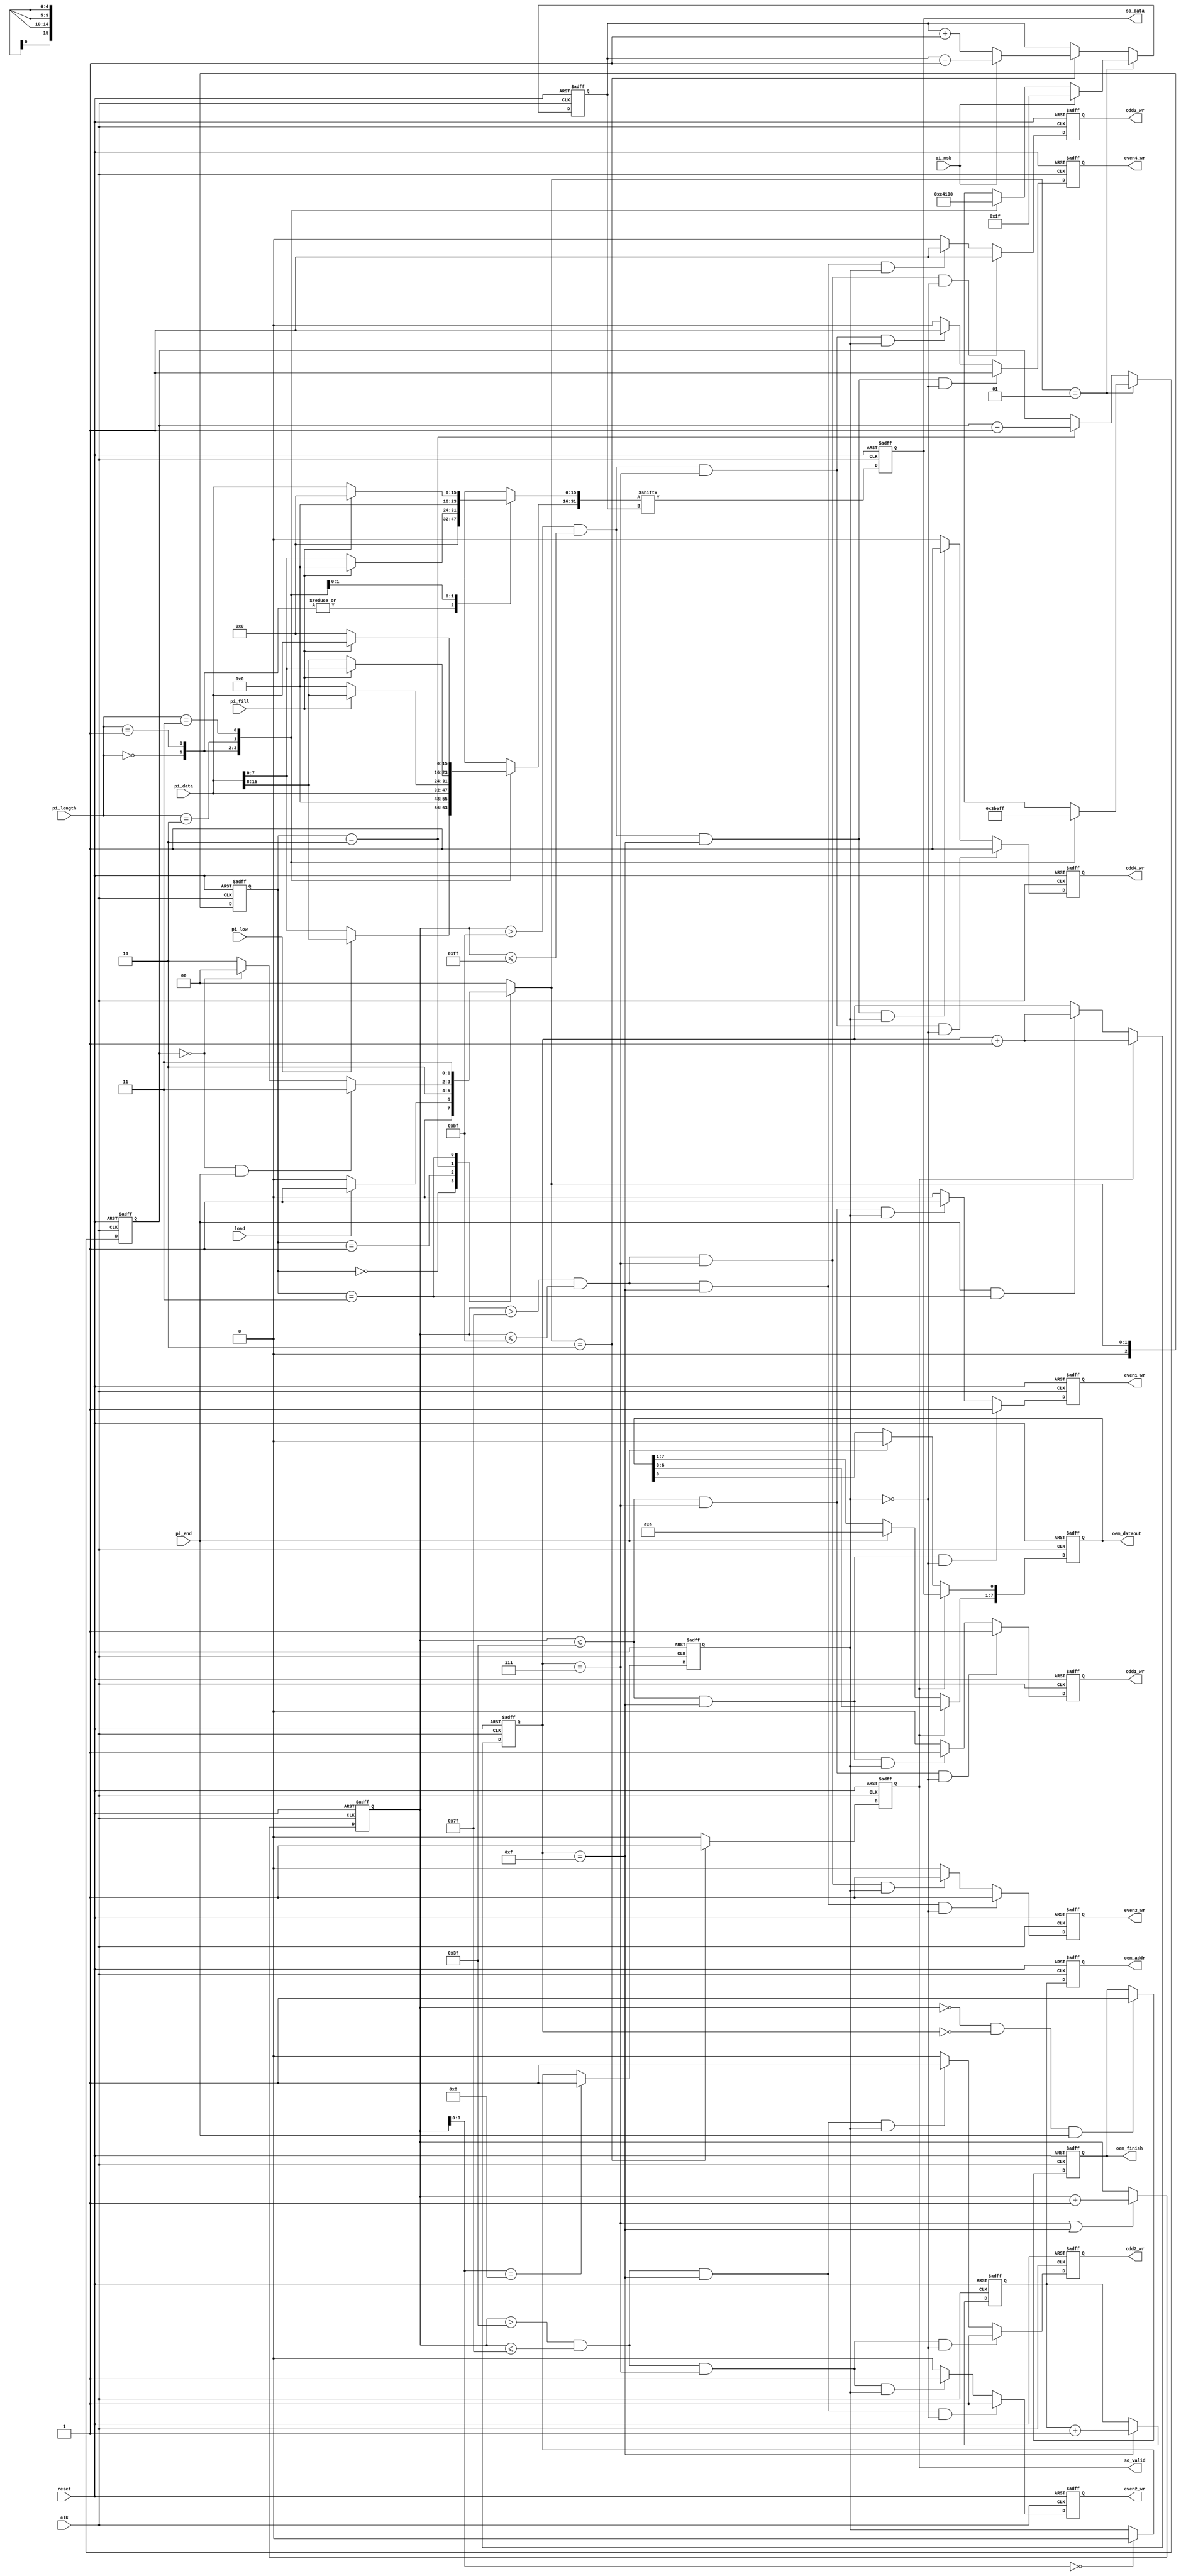
module STI_DAC(clk ,reset, load, pi_data, pi_length, pi_fill, pi_msb, pi_low, pi_end,
	       so_data, so_valid,
	       oem_finish, oem_dataout, oem_addr,
	       odd1_wr, odd2_wr, odd3_wr, odd4_wr, even1_wr, even2_wr, even3_wr, even4_wr);

input		clk, reset;
input		load, pi_msb, pi_low, pi_end; 
input	[15:0]	pi_data;
input	[1:0]	pi_length;
input		pi_fill;
output		so_data, so_valid;

output  oem_finish, odd1_wr, odd2_wr, odd3_wr, odd4_wr, even1_wr, even2_wr, even3_wr, even4_wr;
output [4:0] oem_addr;
output [7:0] oem_dataout;

//==============================================================================
reg so_data, so_valid;
reg oem_finish, odd1_wr, odd2_wr, odd3_wr, odd4_wr, even1_wr, even2_wr, even3_wr, even4_wr;
reg [4:0] oem_addr;
wire [7:0] oem_dataout;

reg [2:0] current_state,next_state;
parameter IDLE = 3'd0;
parameter LOAD = 3'd1;
parameter SERIAL_OUT = 3'd2;
parameter FINISH = 3'd3;

reg [31:0] data_buffer;
reg [4:0] serial_counter,pi_length_bit;
//state switch
always@(posedge clk or posedge reset)
begin
	if(reset) current_state <= IDLE;
	else current_state <= next_state;
end

//next state logic
always@(*)
begin
	case(current_state)
	IDLE:
	begin
		if(load) next_state = LOAD;
		else next_state = IDLE;
	end
	LOAD:
	begin
		next_state = SERIAL_OUT;
	end
	SERIAL_OUT:
	begin
		if(serial_counter == 4'd0 && pi_end == 1'd1) next_state = FINISH;
		else if(serial_counter == 4'd0) next_state = IDLE;
		else next_state = SERIAL_OUT;
	end
	FINISH:
	begin
		next_state = FINISH;
	end
	default: next_state = IDLE;
	endcase
end

//pi_length_bit
always@(*)
begin
	case(pi_length)
	2'b00: pi_length_bit = 5'd7;
	2'b01: pi_length_bit = 5'd15; 
	2'b10: pi_length_bit = 5'd23;
	2'b11: pi_length_bit = 5'd31;
	default: pi_length_bit = 5'd0;
	endcase
end

//data_buffer 31 is MSB , 0 is LSB
always@(*)
begin
	case(pi_length)
	2'b00: //8bit
	begin
		if(pi_low) 
		begin
			data_buffer[31:24] = pi_data[15:8];
			data_buffer[23:0] = 24'd0; //prevent latch
		end
		else
		begin
			data_buffer[31:24] = pi_data[7:0];
			data_buffer[23:0] = 24'd0; //prevent latch
		end
	end
	2'b01: //16bit
	begin
		data_buffer[31:16] = pi_data[15:0];
		data_buffer[15:0] = 16'd0; //prevent latch
	end
	2'b10: //24bit
	begin
		if(pi_fill)
		begin
			data_buffer[31:16] = pi_data[15:0];
			data_buffer[15:0] = 16'd0;
		end
		else 
		begin
			data_buffer[31:24] = 8'd0;
			data_buffer[23:8] = pi_data[15:0];
			data_buffer[7:0] = 8'd0; //prevent latch
		end
	end
	2'b11: //32bit
	begin
		if(pi_fill)
		begin
			data_buffer[31:16] = pi_data[15:0];
			data_buffer[15:0] = 16'd0;
		end
		else
		begin
			data_buffer[31:16] = 16'd0;
			data_buffer[15:0] = pi_data[15:0];
		end
	end
	default: data_buffer = 32'd0;
	endcase
end

//serial_counter
always@(posedge clk or posedge reset)
begin
	if(reset) serial_counter <= 5'd31;
	else if(next_state == LOAD)
	begin
		case(pi_length)
		2'b00: serial_counter <= 5'd7;
		2'b01: serial_counter <= 5'd15; 
		2'b10: serial_counter <= 5'd23;
		2'b11: serial_counter <= 5'd31;
		endcase
	end
	else if(current_state == SERIAL_OUT) serial_counter <= serial_counter - 4'd1;
end

//so_valid
always@(posedge clk or posedge reset)
begin
	if(reset) so_valid <= 1'd0;
	else if(next_state == SERIAL_OUT) so_valid <= 1'd1;
	else so_valid <= 1'd0;
end

//data_buffer_index
reg [4:0] data_buffer_index;
always@(posedge clk or posedge reset)
begin
	if(reset) data_buffer_index <= 5'd0;
	else if(next_state == LOAD)
	begin
		if(pi_msb) data_buffer_index <= 5'd31;
		else
		begin
			case(pi_length)
			2'b00: data_buffer_index <= 5'd24;
			2'b01: data_buffer_index <= 5'd16; 
			2'b10: data_buffer_index <= 5'd8;
			2'b11: data_buffer_index <= 5'd0;
			endcase
		end
	end
	else if(next_state == SERIAL_OUT)
	begin
		if(pi_msb) data_buffer_index <= data_buffer_index - 5'd1;
		else data_buffer_index <= data_buffer_index + 5'd1;
	end
	
	
end

//so_data
always@(posedge clk or posedge reset)
begin
	if(reset) so_data <= 1'd0;
	else so_data <= data_buffer[data_buffer_index];
end

//////////DAC////////
reg [7:0] DAC_buffer;  
reg [3:0] counter_16bit;
reg [3:0] counter_16bit_delay_1clk;
reg [7:0] mem_counter;
reg odd_even;

//odd_even
always@(posedge clk or posedge reset)
begin
	if(reset) odd_even <= 1'd0;
	else if(mem_counter[3:0] == 4'd8) odd_even <= 1'd1;
	else if(mem_counter[3:0] == 4'd0) odd_even <= 1'd0;

end


always@(posedge clk or posedge reset)
begin
	if(reset) DAC_buffer <= 8'd0;
	else if(so_valid)
	begin
		DAC_buffer <= DAC_buffer << 8'd1;
		DAC_buffer[0] <= so_data; 
	end
	else if(pi_end)
	begin
		DAC_buffer <= 8'd0;
	end
end

//cout 16bit
always@(posedge clk or posedge reset)
begin
	if(reset) counter_16bit <= 4'd0;
	else if(so_valid) counter_16bit <= counter_16bit + 4'd1;
	else if(pi_end && current_state == FINISH) counter_16bit <= counter_16bit + 4'd1;
end

//mem_counter
always@(posedge clk or posedge reset)
begin
	if(reset) mem_counter <= 8'd0;
	else if(counter_16bit == 4'd7 || counter_16bit == 4'd15) mem_counter <= mem_counter + 8'd1;
end

reg [4:0] delay_buffer;
//oem_addr
always@(posedge clk or posedge reset)
begin
	if(reset) delay_buffer <= 5'd0;
	else if(counter_16bit == 4'd15) delay_buffer <= delay_buffer + 5'd1;
end

always@(posedge clk or posedge reset)
begin
	if(reset) oem_addr <= 5'd0;
	else oem_addr <= delay_buffer;
end

//oem_dataout
assign oem_dataout = DAC_buffer;

//ome_finish
always@(posedge clk or posedge reset)
begin
	if(reset) oem_finish <= 1'd0;
	else if(mem_counter == 8'd0 && counter_16bit == 4'd0 && pi_end == 1'd1) oem_finish <= 1'd1;
end

//wr
always@(posedge clk or posedge reset)
begin
	if(reset) odd1_wr <= 1'd0;
	else if(mem_counter <= 8'd63 && counter_16bit == 4'd7 && odd_even == 1'd0) odd1_wr <= 1'd1;
	else if(mem_counter <= 8'd63 && counter_16bit == 4'd15 && odd_even == 1'd1) odd1_wr <= 1'd1;
	else odd1_wr <= 1'd0;
end

always@(posedge clk or posedge reset)
begin
	if(reset) even1_wr <= 1'd0;
	else if(mem_counter <= 8'd63 && counter_16bit == 4'd15 && odd_even == 1'd0) even1_wr <= 1'd1;
	else if(mem_counter <= 8'd63 && counter_16bit == 4'd7 && odd_even == 1'd1) even1_wr <= 1'd1;
	else even1_wr <= 1'd0;
end

always@(posedge clk or posedge reset)
begin
	if(reset) odd2_wr <= 1'd0;
	else if(mem_counter > 8'd63 && mem_counter<=8'd127 && counter_16bit == 4'd7 && odd_even == 1'd0)
	begin
		odd2_wr <= 1'd1;
	end
	else if(mem_counter > 8'd63 && mem_counter<=8'd127 && counter_16bit == 4'd15 && odd_even == 1'd1)
	begin
		odd2_wr <= 1'd1;
	end
	else odd2_wr <= 1'd0;
end

always@(posedge clk or posedge reset)
begin
	if(reset) even2_wr <= 1'd0;
	else if(mem_counter > 8'd63 && mem_counter<=8'd127 && counter_16bit == 4'd15 && odd_even == 1'd0)
	begin
		even2_wr <= 1'd1;
	end
	else if(mem_counter > 8'd63 && mem_counter<=8'd127 && counter_16bit == 4'd7 && odd_even == 1'd1)
	begin
		even2_wr <= 1'd1;
	end
	else even2_wr <= 1'd0;
end

always@(posedge clk or posedge reset)
begin
	if(reset) odd3_wr <= 1'd0;
	else if(mem_counter > 8'd127 && mem_counter<=8'd191 && counter_16bit == 4'd7 && odd_even == 1'd0)
	begin
		odd3_wr <= 1'd1;
	end
	else if(mem_counter > 8'd127 && mem_counter<=8'd191 && counter_16bit == 4'd15 && odd_even == 1'd1)
	begin
		odd3_wr <= 1'd1;
	end
	else odd3_wr <= 1'd0;
end

always@(posedge clk or posedge reset)
begin
	if(reset) even3_wr <= 1'd0;
	else if(mem_counter > 8'd127 && mem_counter<=8'd191 && counter_16bit == 4'd15 && odd_even == 1'd0)
	begin
		even3_wr <= 1'd1;
	end
	else if(mem_counter > 8'd127 && mem_counter<=8'd191 && counter_16bit == 4'd7 && odd_even == 1'd1)
	begin
		even3_wr <= 1'd1;
	end
	else even3_wr <= 1'd0;
end

always@(posedge clk or posedge reset)
begin
	if(reset) odd4_wr <= 1'd0;
	else if(mem_counter > 8'd191 && mem_counter<=8'd255 && counter_16bit == 4'd7 && odd_even == 1'd0)
	begin
		odd4_wr <= 1'd1;
	end
	else if(mem_counter > 8'd191 && mem_counter<=8'd255 && counter_16bit == 4'd15 && odd_even == 1'd1)
	begin
		odd4_wr <= 1'd1;
	end
	else odd4_wr <= 1'd0;
end

always@(posedge clk or posedge reset)
begin
	if(reset) even4_wr <= 1'd0;
	else if(mem_counter > 8'd191 && mem_counter<=8'd255 && counter_16bit == 4'd15 && odd_even == 1'd0)
	begin
		even4_wr <= 1'd1;
	end
	else if(mem_counter > 8'd191 && mem_counter<=8'd255 && counter_16bit == 4'd7 && odd_even == 1'd1 )
	begin
		even4_wr <= 1'd1;
	end
	else even4_wr <= 1'd0;
end

endmodule